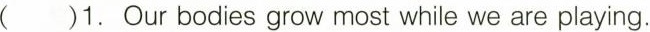
( )1. Our bodies grow most while we are playing.